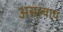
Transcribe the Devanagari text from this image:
असल्याच